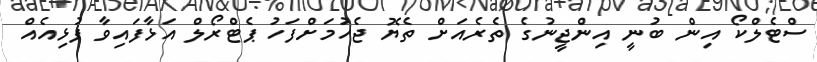
ސްޓެލްކޯ އިން ބުނީ އިންޖީނުގެ ތެރެއަށް ތެޔޮ ޖެހުމަށްފަހު ޕެޓްރޯލް އަޅާފައިވާ ފުޅިއެއް